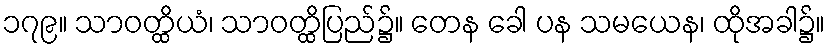
၁၇၉။ သာဝတ္ထိယံ၊ သာဝတ္ထိပြည်၌။ တေန ခေါ ပန သမယေန၊ ထိုအခါ၌။